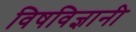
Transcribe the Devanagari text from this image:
विषविज्ञानी